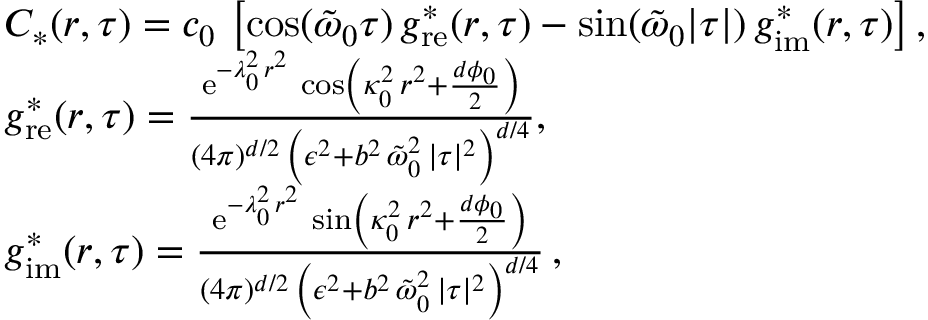
\begin{array} { r l } & { C _ { \ast } ( r , \tau ) = c _ { 0 } \, \left[ \cos ( \tilde { \omega } _ { 0 } \tau ) \, g _ { \mathrm { r e } } ^ { \ast } ( r , \tau ) - \sin ( \tilde { \omega } _ { 0 } \lvert \tau \rvert ) \, g _ { \mathrm { i m } } ^ { \ast } ( r , \tau ) \right] , } \\ & { g _ { \mathrm { r e } } ^ { \ast } ( r , \tau ) = \frac { \mathrm { e } ^ { - \lambda _ { 0 } ^ { 2 } \, r ^ { 2 } } \, \cos \left( \kappa _ { 0 } ^ { 2 } \, r ^ { 2 } + \frac { d \phi _ { 0 } } { 2 } \right) } { ( 4 \pi ) ^ { d / 2 } \, \left( \epsilon ^ { 2 } + b ^ { 2 } \, \tilde { \omega } _ { 0 } ^ { 2 } \, \lvert \tau \rvert ^ { 2 } \right) ^ { d / 4 } } , } \\ & { g _ { \mathrm { i m } } ^ { \ast } ( r , \tau ) = \frac { \mathrm { e } ^ { - \lambda _ { 0 } ^ { 2 } \, r ^ { 2 } } \, \sin \left( \kappa _ { 0 } ^ { 2 } \, r ^ { 2 } + \frac { d \phi _ { 0 } } { 2 } \right) } { ( 4 \pi ) ^ { d / 2 } \, \left( \epsilon ^ { 2 } + b ^ { 2 } \, \tilde { \omega } _ { 0 } ^ { 2 } \, \lvert \tau \rvert ^ { 2 } \right) ^ { d / 4 } } \, , } \end{array}